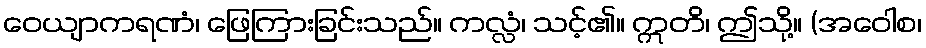
ဝေယျာကရဏံ၊ ဖြေကြားခြင်းသည်။ ကလ္လံ၊ သင့်၏။ ဣတိ၊ ဤသို့။ (အဝေါစ၊